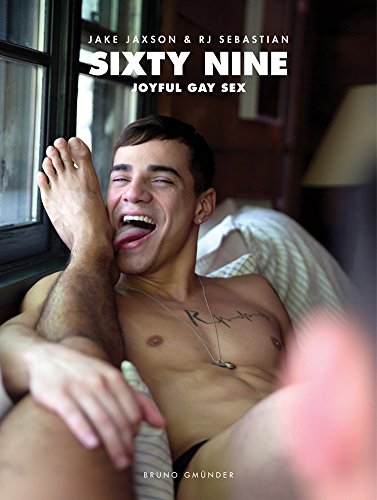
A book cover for Sixty Nine: Joyful Gay Sex - Featuring Cockyboys; Arts & Photography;